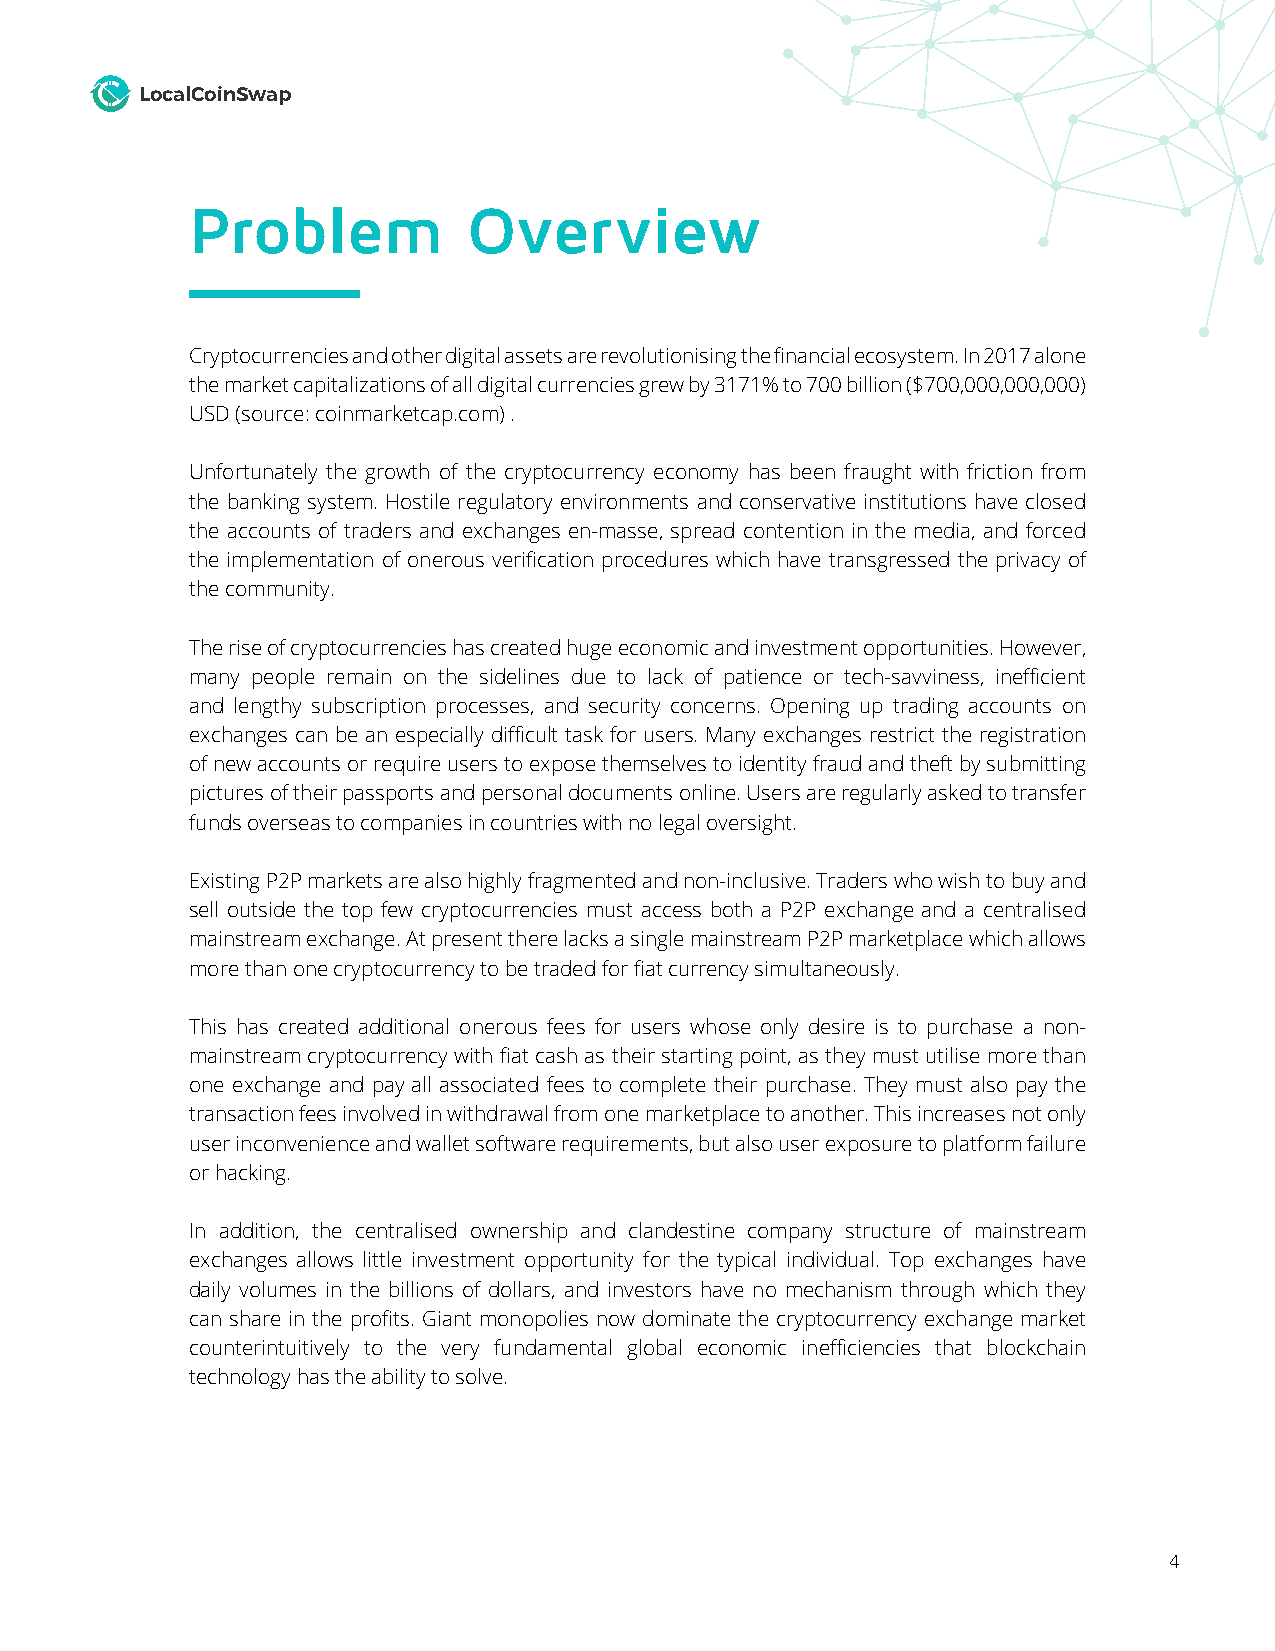
LocalCoinSwap
 Problem           Overview
 Cryptocurrencies and other digital assets are revolutionising the financial ecosystem. In 2017 alone
 the market capitalizations of all digital currencies grew by 3171% to 700 billion ($700,000,000,000)
 USD (source: coinmarketcap.com) .
 Unfortunately the growth of the cryptocurrency economy has been fraught with friction from
 the banking system. Hostile regulatory environments and conservative institutions have closed
 the accounts of traders and exchanges en-masse, spread contention in the media, and forced
 the implementation of onerous verification procedures which have transgressed the privacy of
 the community.
 The rise of cryptocurrencies has created huge economic and investment opportunities. However,
 many people remain on the sidelines due to lack of patience or tech-savviness, inefficient
 and lengthy subscription processes, and security concerns. Opening up trading accounts on
 exchanges can be an especially difficult task for users. Many exchanges restrict the registration
 of new accounts or require users to expose themselves to identity fraud and theft by submitting
 pictures of their passports and personal documents online. Users are regularly asked to transfer
 funds overseas to companies in countries with no legal oversight.
 Existing P2P markets are also highly fragmented and non-inclusive. Traders who wish to buy and
 sell outside the top few cryptocurrencies must access both a P2P exchange and a centralised
 mainstream exchange. At present there lacks a single mainstream P2P marketplace which allows
 more than one cryptocurrency to be traded for fiat currency simultaneously.
 This has created additional onerous fees for users whose only desire is to purchase a non-
 mainstream cryptocurrency with fiat cash as their starting point, as they must utilise more than
 one exchange and pay all associated fees to complete their purchase. They must also pay the
 transaction fees involved in withdrawal from one marketplace to another. This increases not only
 user inconvenience and wallet software requirements, but also user exposure to platform failure
 or hacking.
 In addition, the centralised ownership and clandestine company structure of mainstream
 exchanges allows little investment opportunity for the typical individual. Top exchanges have
 daily volumes in the billions of dollars, and investors have no mechanism through which they
 can share in the profits. Giant monopolies now dominate the cryptocurrency exchange market
 counterintuitively to the very fundamental global economic inefficiencies that blockchain
 technology has the ability to solve.
 4